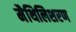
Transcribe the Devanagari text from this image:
मैथिलिशरण